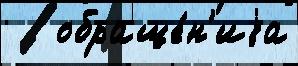
   обраще́н'иjа